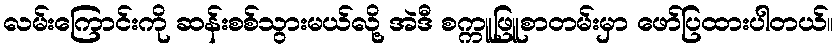
လမ်းကြောင်းကို ဆန်းစစ်သွားမယ်လို့ အဲဒီ စက္ကူဖြူစာတမ်းမှာ ဖော်ပြထားပါတယ်။